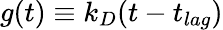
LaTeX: g(t)\equiv k_{D}(t-t_{lag})